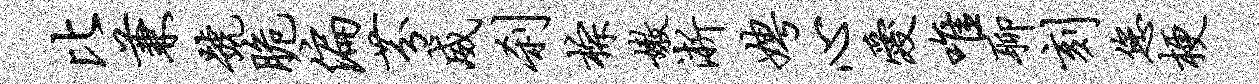
比兼号脆偏芬威刹棕嫩淅娉心爱唯聊刻您梗